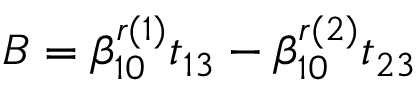
B = \beta _ { 1 0 } ^ { r ( 1 ) } t _ { 1 3 } - \beta _ { 1 0 } ^ { r ( 2 ) } t _ { 2 3 }